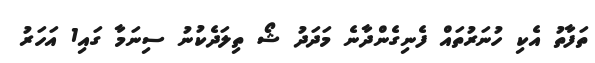
ތަފާތު އެކި ހުނަރުތައް ފެނިގެންދާނެ މަދަދު ޝޯ ތިލަދެކުނު ސިނަމާ ގައި1 އަހަރު